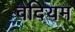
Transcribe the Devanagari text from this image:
वैदियम